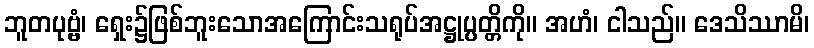
ဘူတပုဗ္ဗံ၊ ရှေး၌ဖြစ်ဘူးသောအကြောင်းသရုပ်အဋ္ဌုပ္ပတ္တိကို။ အဟံ၊ ငါသည်။ ဒေသိဿာမိ၊